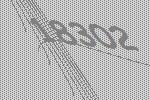
18302